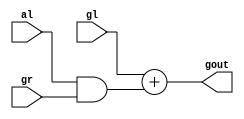
module dotmod(gl , al , gr , gout);
	input gl , al , gr;
	output gout;

	assign gout = gl + (al & gr);
endmodule